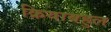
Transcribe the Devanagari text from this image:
क्रियाबहुल